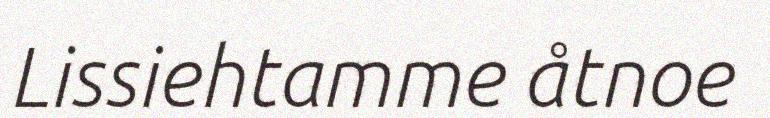
Lissiehtamme åtnoe